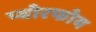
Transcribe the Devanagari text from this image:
प्योरफोय